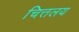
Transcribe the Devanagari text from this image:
चित्तलय